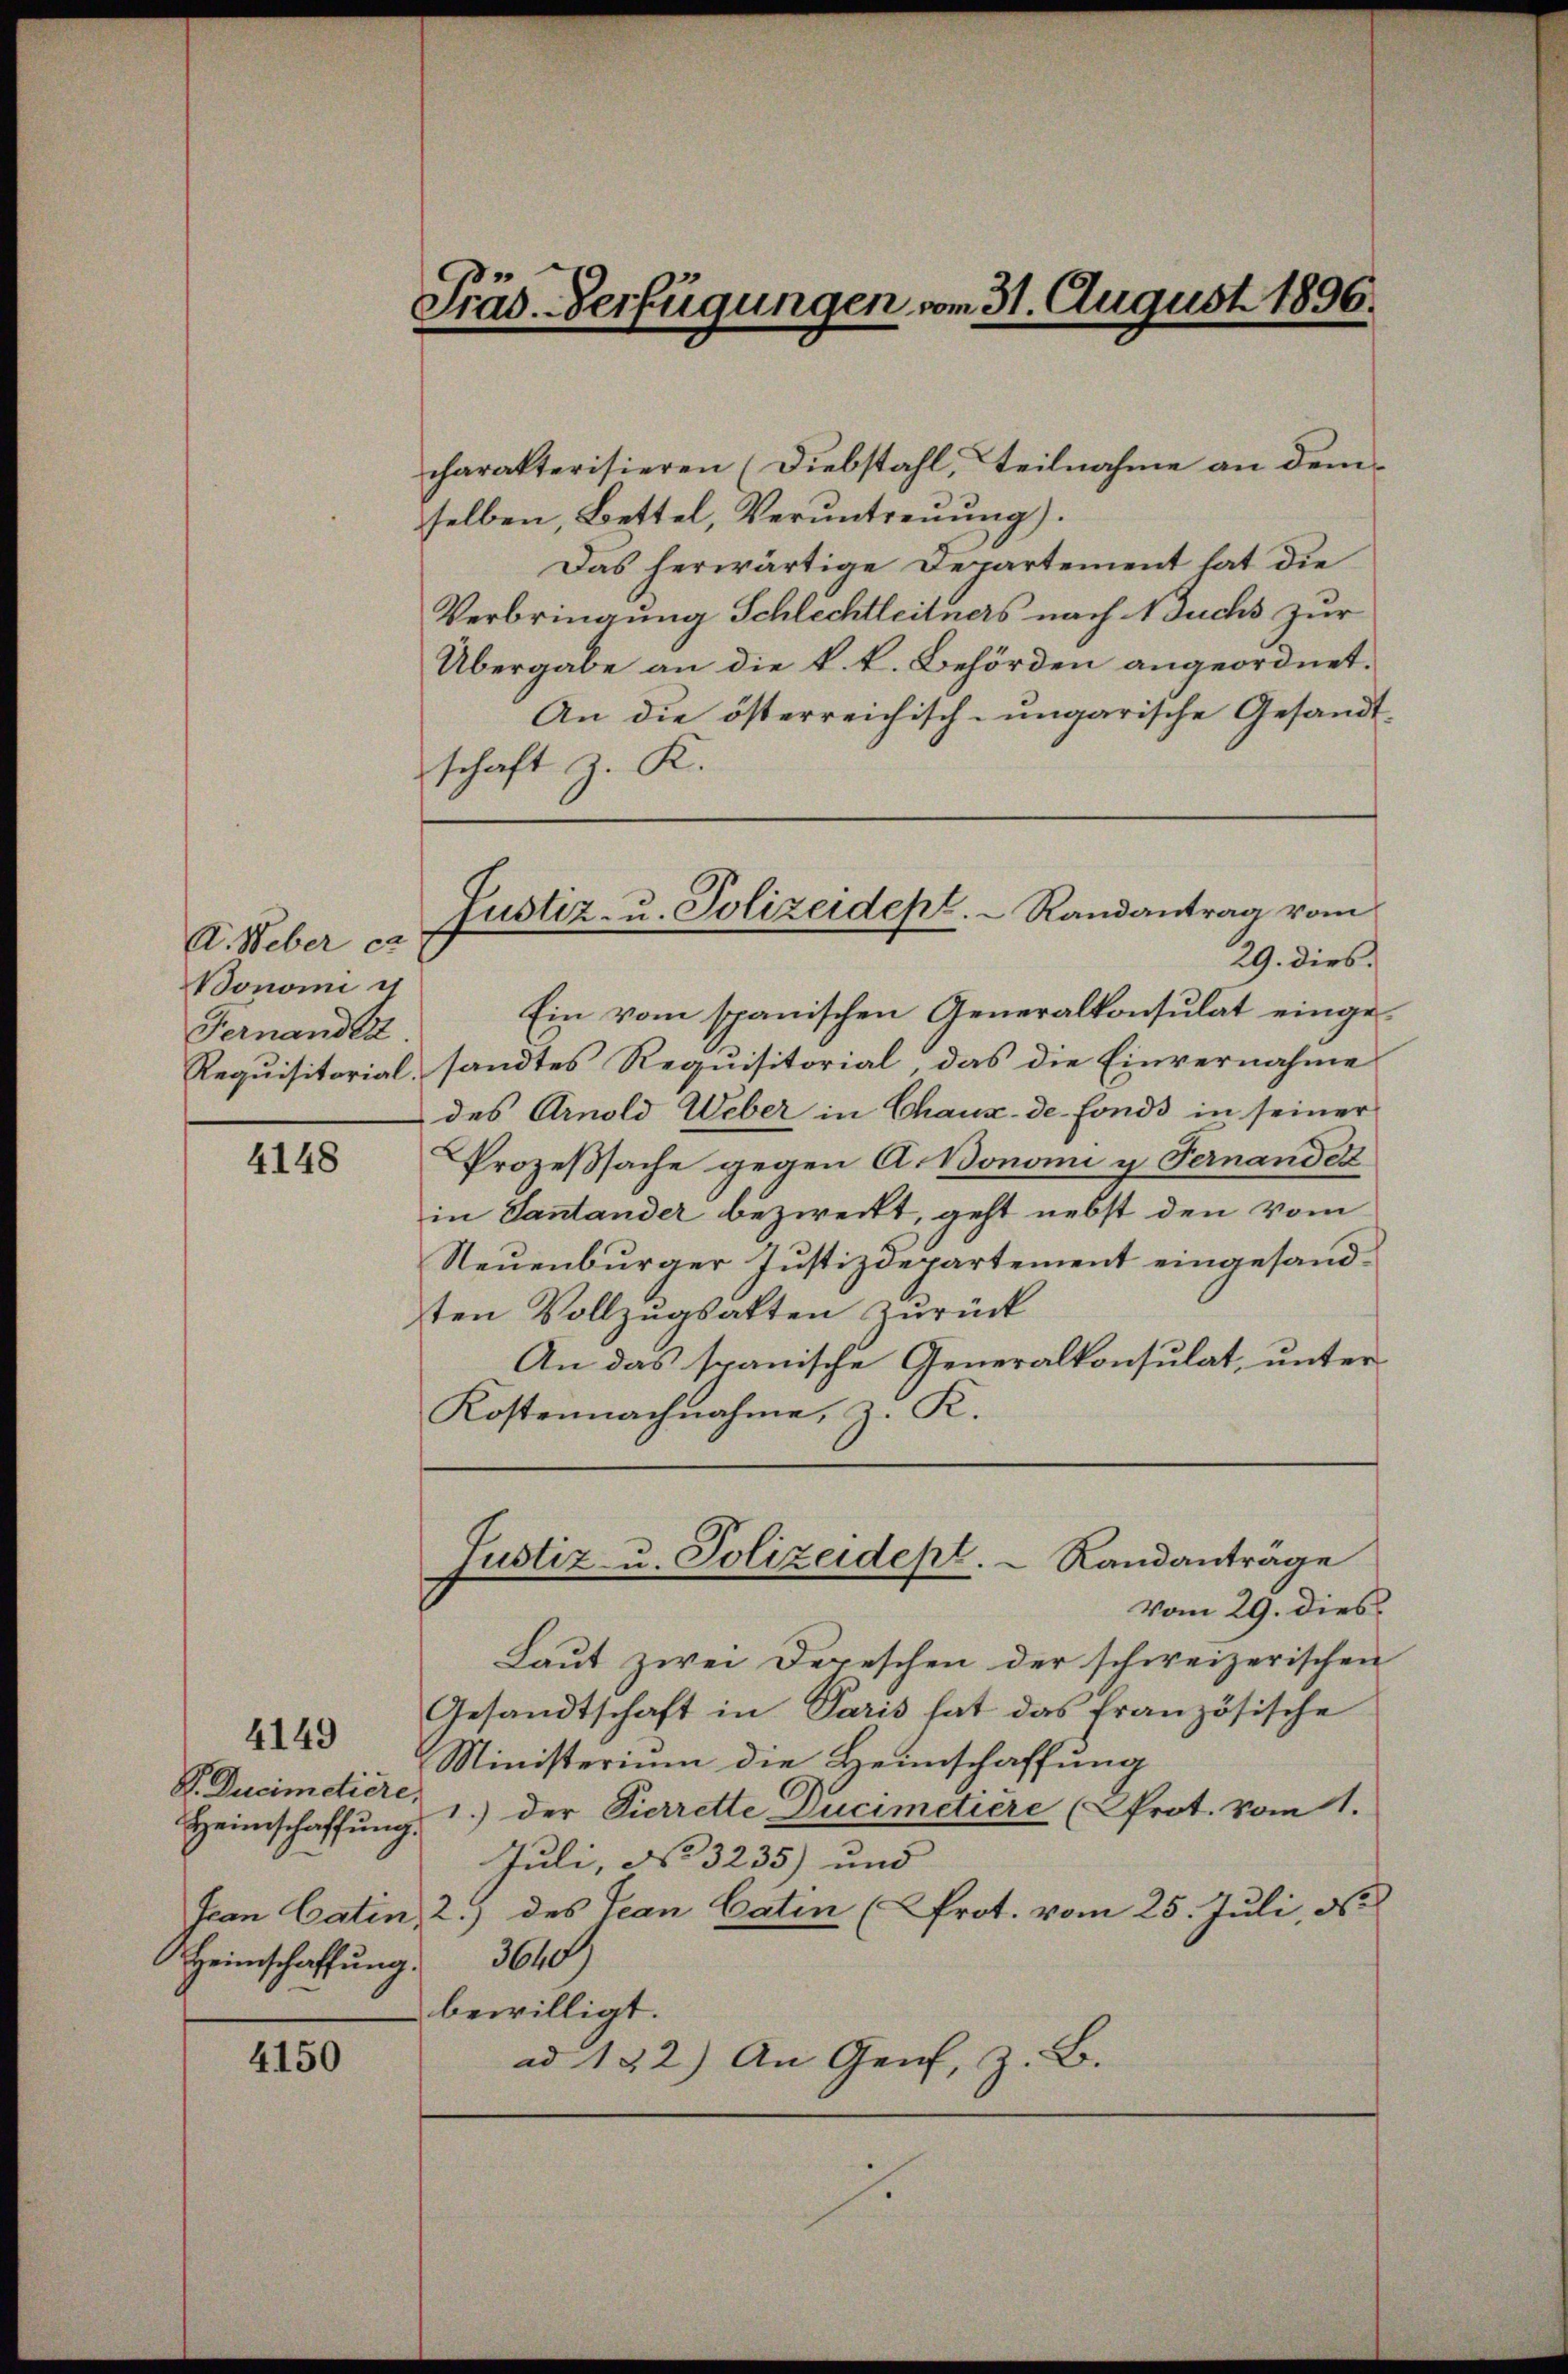
A. Weber et
onomi u
Fernandert

4148

P. Ducimetiere,
Heimschaffung.

4149

4150

Präs. Verfügungen vom 31. August 1896.

charakterisieren (Diebstahl, Teilnahme an dem
selben, Bettel, Veruntreuung).
Das herwärtige Departement hat die
Verbringung Schlechtleitners nach Buchs zur
Übergabe an die k. k. Behörden angeordnet.
An die österreichisch-ungarische Gesandtschaft z. K.
Ein vom spanischen Generalkonsulat einge¬
Requisitorial, sandtes Requisitorial das die Einvernahme
des Arnold Weber in Chaux-de fonds in seiner
Prozeßsache gegen A. Bonomi u Fernandek
in Santander bezweckt, geht nebst den vom
Neuenburger Justizdepartement eingesandten Vollzugsakten zurück
An das spanische Generalkonsulat, unter
Kostennachnahme, z. K.

Justiz- u. Polizeidept.   Randantrag vom
29. Dies

Justiz- u. Polizeidept.   Randanträge

Vom 29. dies
Laut zwei Depeschen der schweizerischen
Gesandtschaft in Paris hat das französische
Ministerium die Heimschaffung
Heimschaffŭng 1.) der Pierrette Ducimetiere (Prot. vom 1.
Juli, d. 3235) und |
Jean Catin, 2.) des Tean Catin (Prot. vom 25. Juli, de
3600
bewilligt.
ad 132) An Genf, z. B.
1.